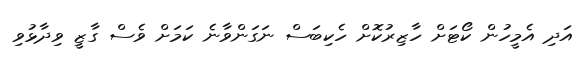
އަދި އެމީހުން ކޯޓަށް ހާޒިރުކޮށް ހެކިބަސް ނަގަންވާނެ ކަމަށް ވެސް ގާޒީ ވިދާޅުވި